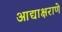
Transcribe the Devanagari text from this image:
आद्याक्षराणे